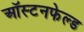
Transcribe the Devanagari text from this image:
ऑस्टनफेल्ड